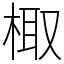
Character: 棷